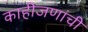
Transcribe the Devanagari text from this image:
काहीजणांची